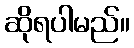
ဆိုရပါမည်။